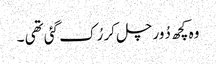
وہ کچھ دُور چل کر رُک گئی تھی ۔